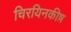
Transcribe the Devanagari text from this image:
चिरयिनकीष़